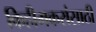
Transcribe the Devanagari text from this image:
किहीमकरांसाठी